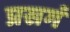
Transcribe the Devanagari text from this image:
प्रसगं